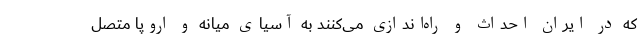
که در ایران احداث و راه‌اندازی می‌کنند به آسیای میانه و اروپا متصل